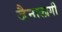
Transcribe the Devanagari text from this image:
जैनालागी